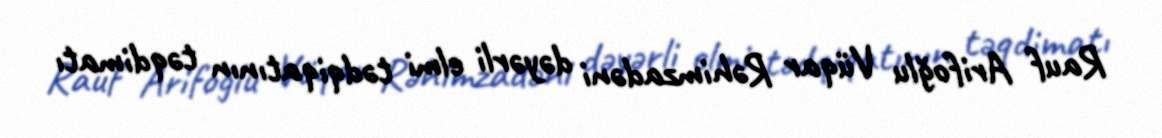
Rauf Arifoğlu Vüqar Rəhimzadəni dəyərli elmi tədqiqatının təqdimatı